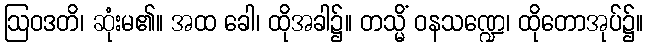
ဩဝဒတိ၊ ဆုံးမ၏။ အထ ခေါ၊ ထိုအခါ၌။ တသ္မိံ ဝနသဏ္ဍေ၊ ထိုတောအုပ်၌။